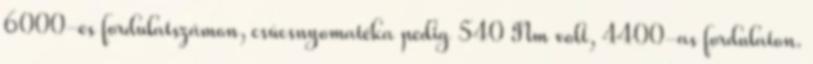
6000-es fordulatszámon, csúcsnyomatéka pedig 540 Nm volt, 4400-as fordulaton.